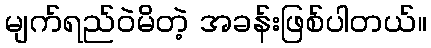
မျက်ရည်ဝဲမိတဲ့ အခန်းဖြစ်ပါတယ်။